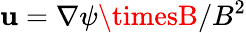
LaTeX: \mathbf{u}=\nabla\psi\timesB/B^{2}